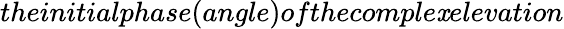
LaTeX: theinitialphase(angle)ofthecomple\mathit{x}elevation